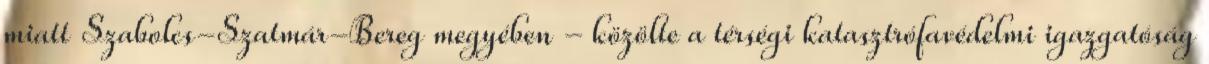
miatt Szabolcs-Szatmár-Bereg megyében - közölte a térségi katasztrófavédelmi igazgatóság